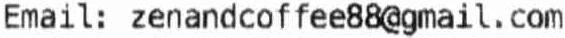
EMAIL: ZENANDCOFFEE88@GMAIL . COM